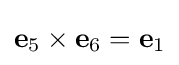
\mathbf {e} _{5}\times \mathbf {e} _{6}=\mathbf {e} _{1}